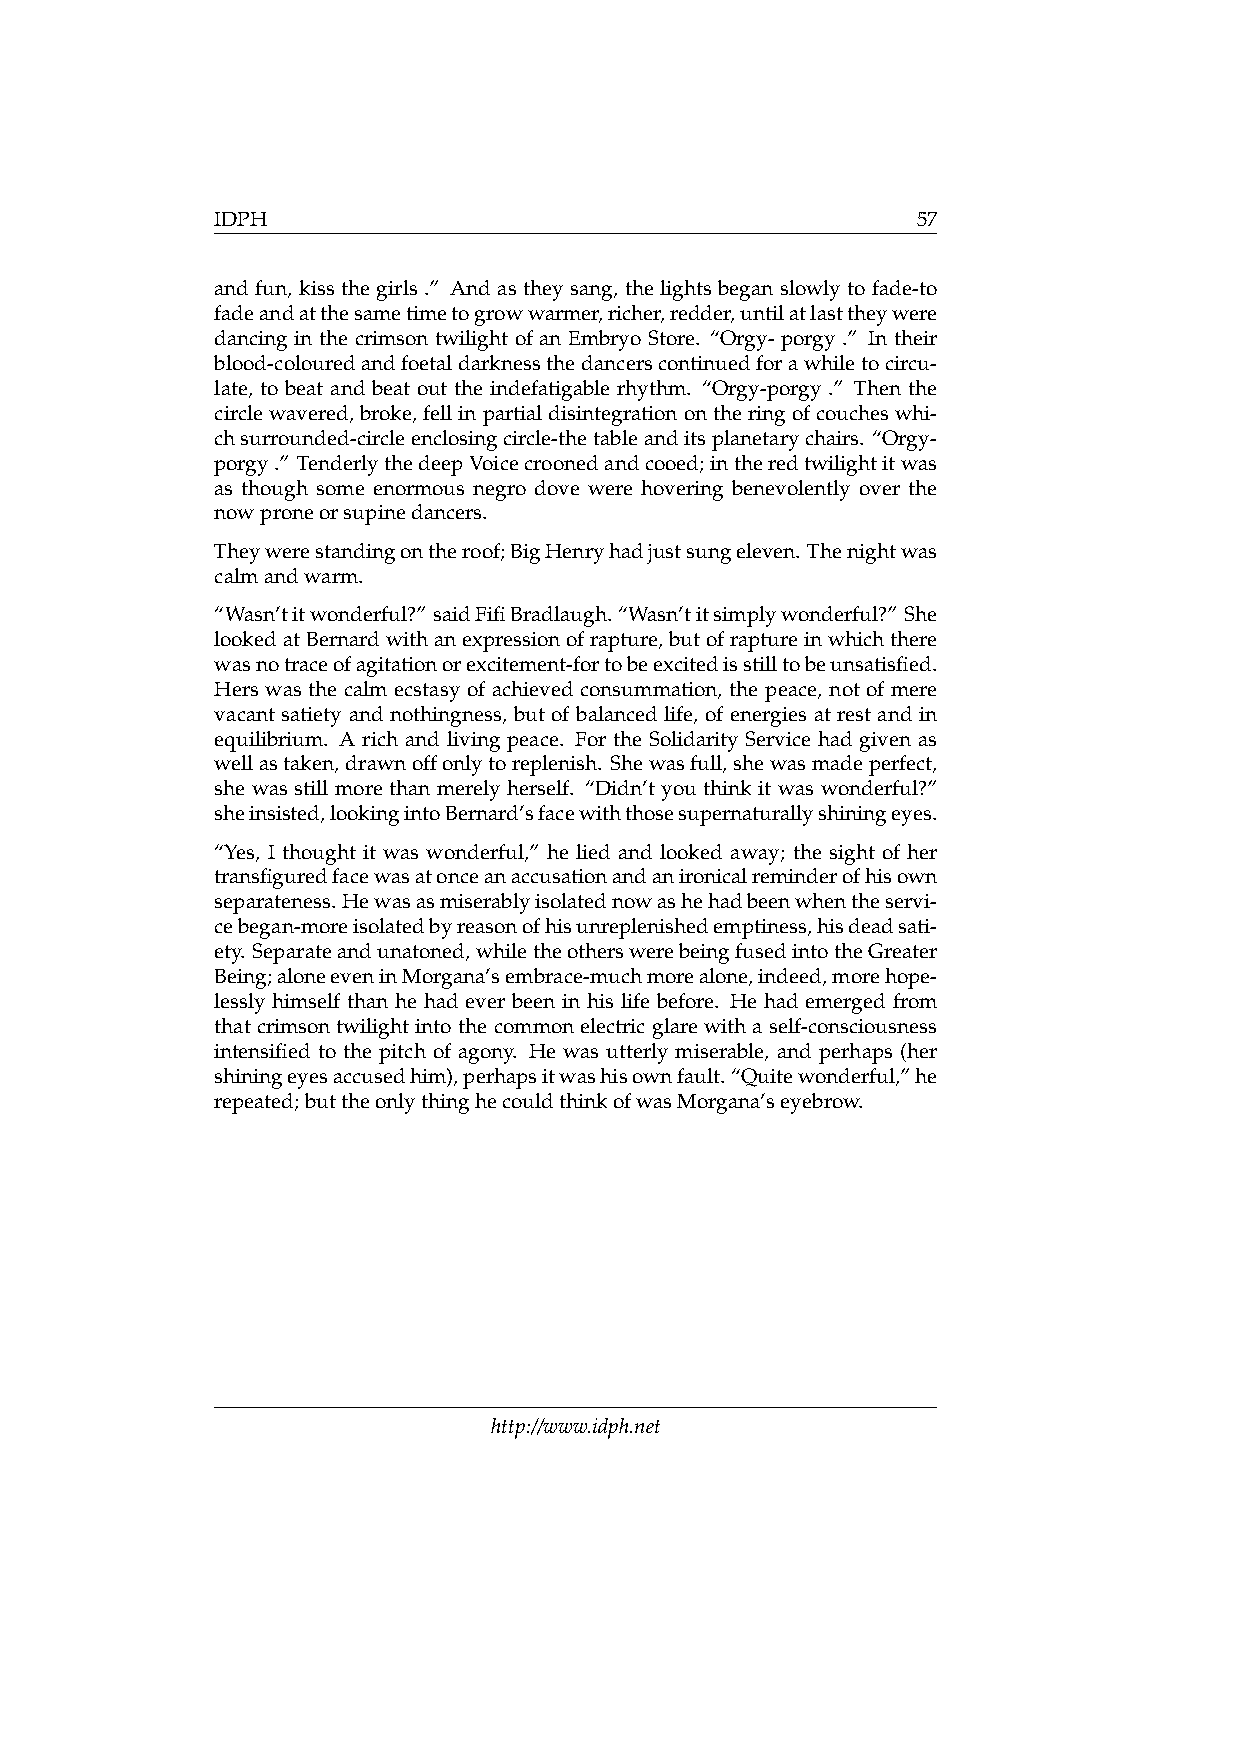
IDPH                                           57
 and fun, kiss the girls .” And as they sang, the lights began slowly to fade-to
 fadeandatthesametimetogrowwarmer,richer,redder,untilatlasttheywere
 dancing in the crimson twilight of an Embryo Store. “Orgy- porgy .” In their
 blood-colouredandfoetaldarknessthedancerscontinuedforawhiletocircu-
 late, to beat and beat out the indefatigable rhythm. “Orgy-porgy .” Then the
 circlewavered,broke,fellinpartialdisintegrationontheringofcoucheswhi-
 chsurrounded-circleenclosingcircle-thetableanditsplanetarychairs. “Orgy-
 porgy.” TenderlythedeepVoicecroonedandcooed;intheredtwilightitwas
 as though some enormous negro dove were hovering benevolently over the
 nowproneorsupinedancers.
 Theywerestandingontheroof;BigHenryhadjustsungeleven. Thenightwas
 calmandwarm.
 “Wasn’titwonderful?” saidFifiBradlaugh. “Wasn’titsimplywonderful?” She
 lookedatBernardwithanexpressionofrapture,butofraptureinwhichthere
 wasnotraceofagitationorexcitement-fortobeexcitedisstilltobeunsatisfied.
 Hers was the calm ecstasy of achieved consummation, the peace, not of mere
 vacant satiety and nothingness, but of balanced life, of energies at rest and in
 equilibrium. A rich and living peace. For the Solidarity Service had given as
 wellastaken,drawnoffonlytoreplenish. Shewasfull,shewasmadeperfect,
 she was still more than merely herself. “Didn’t you think it was wonderful?”
 sheinsisted,lookingintoBernard’sfacewiththosesupernaturallyshiningeyes.
 “Yes, I thought it was wonderful,” he lied and looked away; the sight of her
 transfiguredfacewasatonceanaccusationandanironicalreminderofhisown
 separateness. Hewasasmiserablyisolatednowashehadbeenwhentheservi-
 cebegan-moreisolatedbyreasonofhisunreplenishedemptiness,hisdeadsati-
 ety. Separateandunatoned,whiletheotherswerebeingfusedintotheGreater
 Being;aloneeveninMorgana’sembrace-muchmorealone,indeed,morehope-
 lessly himself than he had ever been in his life before. He had emerged from
 that crimson twilight into the common electric glare with a self-consciousness
 intensified to the pitch of agony. He was utterly miserable, and perhaps (her
 shiningeyesaccusedhim),perhapsitwashisownfault.“Quitewonderful,”he
 repeated;buttheonlythinghecouldthinkofwasMorgana’seyebrow.
 http://www.idph.net